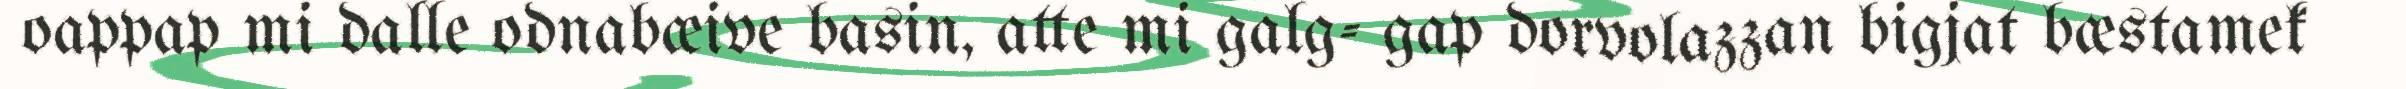
oappap mi dalle odnabæive basin, atte mi galg- gap dorvolazzan bigjat bæstamek